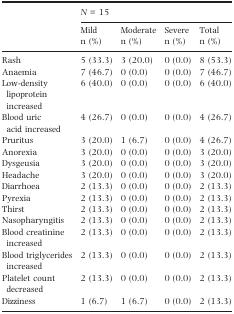
<table><thead><tr><td></td><td colspan="4"><b><i>N</i> = 15</b></td></tr><tr><td></td><td><b>Mild n (%)</b></td><td><b>Moderate n (%)</b></td><td><b>Severe n (%)</b></td><td><b>Total n (%)</b></td></tr></thead><tbody><tr><td>Rash</td><td>5 (33.3)</td><td>3 (20.0)</td><td>0 (0.0)</td><td>8 (53.3)</td></tr><tr><td>Anaemia</td><td>7 (46.7)</td><td>0 (0.0)</td><td>0 (0.0)</td><td>7 (46.7)</td></tr><tr><td>Low-density lipoprotein increased</td><td>6 (40.0)</td><td>0 (0.0)</td><td>0 (0.0)</td><td>6 (40.0)</td></tr><tr><td>Blood uric acid increased</td><td>4 (26.7)</td><td>0 (0.0)</td><td>0 (0.0)</td><td>4 (26.7)</td></tr><tr><td>Pruritus</td><td>3 (20.0)</td><td>1 (6.7)</td><td>0 (0.0)</td><td>4 (26.7)</td></tr><tr><td>Anorexia</td><td>3 (20.0)</td><td>0 (0.0)</td><td>0 (0.0)</td><td>3 (20.0)</td></tr><tr><td>Dysgeusia</td><td>3 (20.0)</td><td>0 (0.0)</td><td>0 (0.0)</td><td>3 (20.0)</td></tr><tr><td>Headache</td><td>3 (20.0)</td><td>0 (0.0)</td><td>0 (0.0)</td><td>3 (20.0)</td></tr><tr><td>Diarrhoea</td><td>2 (13.3)</td><td>0 (0.0)</td><td>0 (0.0)</td><td>2 (13.3)</td></tr><tr><td>Pyrexia</td><td>2 (13.3)</td><td>0 (0.0)</td><td>0 (0.0)</td><td>2 (13.3)</td></tr><tr><td>Thirst</td><td>2 (13.3)</td><td>0 (0.0)</td><td>0 (0.0)</td><td>2 (13.3)</td></tr><tr><td>Nasopharyngitis</td><td>2 (13.3)</td><td>0 (0.0)</td><td>0 (0.0)</td><td>2 (13.3)</td></tr><tr><td>Blood creatinine increased</td><td>2 (13.3)</td><td>0 (0.0)</td><td>0 (0.0)</td><td>2 (13.3)</td></tr><tr><td>Blood triglycerides increased</td><td>2 (13.3)</td><td>0 (0.0)</td><td>0 (0.0)</td><td>2 (13.3)</td></tr><tr><td>Platelet count decreased</td><td>2 (13.3)</td><td>0 (0.0)</td><td>0 (0.0)</td><td>2 (13.3)</td></tr><tr><td>Dizziness</td><td>1 (6.7)</td><td>1 (6.7)</td><td>0 (0.0)</td><td>2 (13.3)</td></tr></tbody></table>